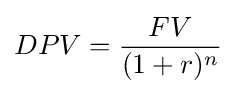
DPV={\frac {FV}{(1+r)^{n}}}